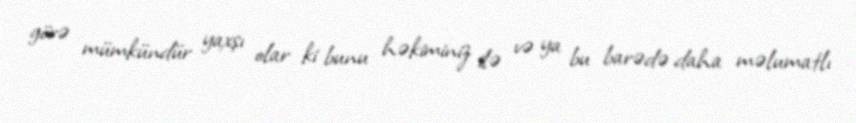
görə mümkündür yaxşı olar ki bunu həkiminiz ilə və ya bu barədə daha məlumatlı